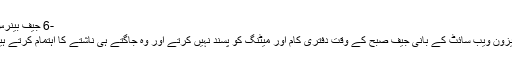
-6 جیف بینرس:
امیزون ویب سائٹ کے بانی جیف صبح کے وقت دفتری کام اور میٹنگ کو پسند نہیں کرتے اور وہ جاگتے ہی ناشتے کا اہتمام کرتے ہیں۔